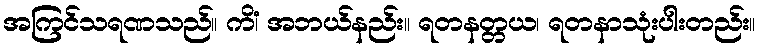
အကြင်သရဏသည်။ ကိံ၊ အဘယ်နည်း။ ရတနတ္တယ၊ ရတနာသုံးပါးတည်း။